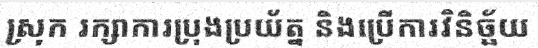
ស្រុក រក្សាការប្រុងប្រយ័ត្ន និងប្រើការវិនិច្ឆ័យ